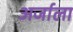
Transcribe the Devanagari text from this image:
अर्जाला